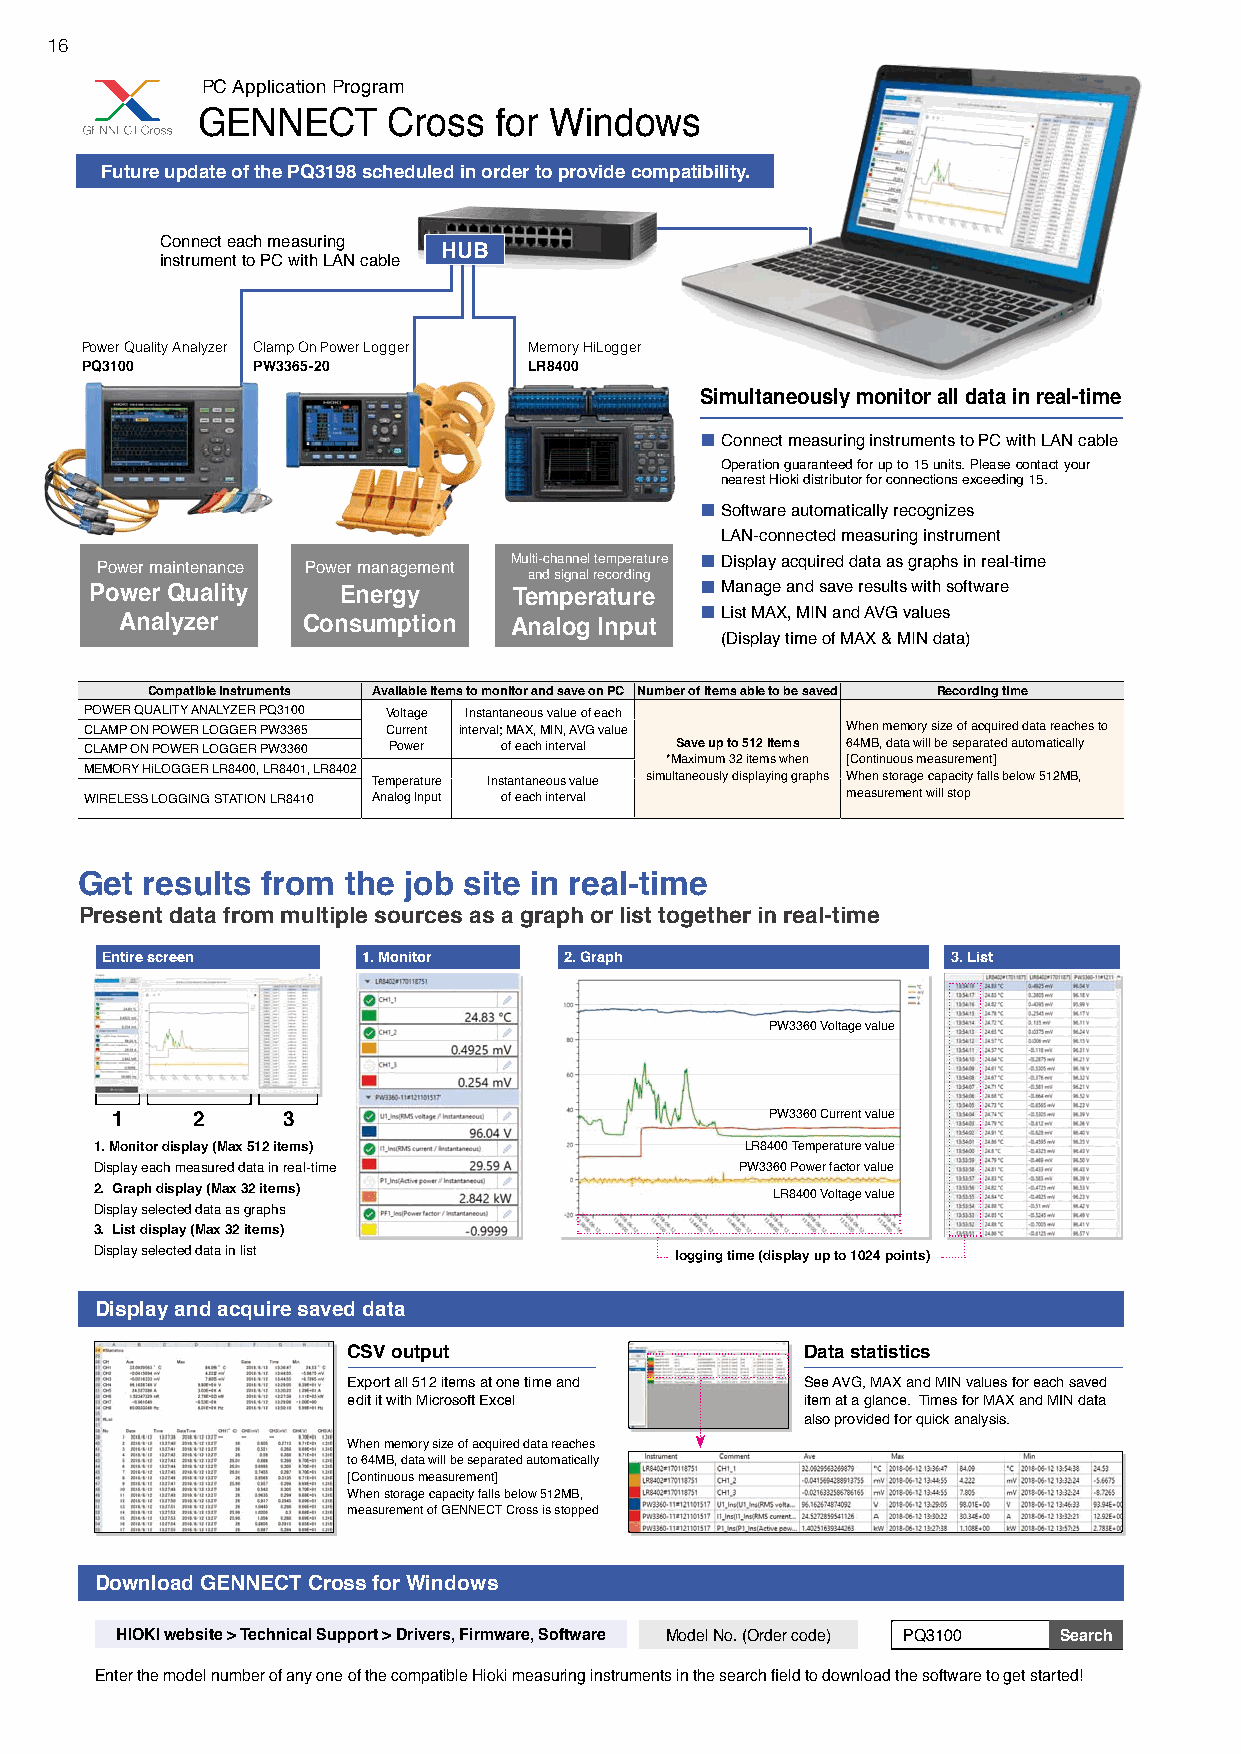
16
 PC Application Program
 GENNECT      Cross  for Windows
 Future update of the PQ3198 scheduled in order to provide compatibility.
 Connect each measuring
 HUB
 instrument to PC with LAN cable
 Power Quality Analyzer Clamp On Power Logger Memory HiLogger
 PQ3100      PW3365-20         LR8400
 Simultaneously monitor all data in real-time
 Connect measuring instruments to PC with LAN cable
 Operation guaranteed for up to 15 units. Please contact your
 nearest Hioki distributor for connections exceeding 15.
 Software automatically recognizes
 LAN-connected measuring instrument
 Power maintenance Power management Multi-channel temperature Display acquired data as graphs in real-time
 and signal recording
 Power Quality   Energy      Temperature   Manage and save results with software
 List MAX, MIN and AVG values
 Analyzer    Consumption   Analog Input
 (Display time of MAX & MIN data)
 Compatible instruments Available items to monitor and save on PC Number of items able to be saved Recording time
 POWER QUALITY ANALYZER PQ3100 Voltage Instantaneous value of each
 CLAMP ON POWER LOGGER PW3365 Current interval; MAX, MIN, AVG value When memory size of acquired data reaches to
 CLAMP ON POWER LOGGER PW3360 Power of each interval Save up to 512 items 64MB, data will be separated automatically
 *Maximum 32 items when [Continuous measurement]
 MEMORY HiLOGGER LR8400, LR8401, LR8402
 Temperature Instantaneous value simultaneously displaying graphs When storage capacity falls below 512MB,
 WIRELESS LOGGING STATION LR8410 Analog Input of each interval measurement will stop
 Get results from  the job site in real-time
 Present data from multiple sources as a graph or list together in real-time
 Entire screen    1. Monitor   2. Graph                  3. List
 PW3360 Voltage value
 1     2     3                               PW3360 Current value
 1. Monitor display (Max 512 items)         LR8400 Temperature value
 Display each measured data in real-time    PW3360 Power factor value
 2. Graph display (Max 32 items)              LR8400 Voltage value
 Display selected data as graphs
 3. List display (Max 32 items)
 Display selected data in list          logging time (display up to 1024 points)
 Display and acquire saved data
 CSV output                    Data statistics
 Export all 512 items at one time and See AVG, MAX and MIN values for each saved
 edit it with Microsoft Excel  item at a glance. Times for MAX and MIN data
 also provided for quick analysis.
 When memory size of acquired data reaches
 to 64MB, data will be separated automatically
 [Continuous measurement]
 When storage capacity falls below 512MB,
 measurement of GENNECT Cross is stopped
 Download GENNECT Cross for Windows
 HIOKI website > Technical Support > Drivers, Firmware, Software Model No. (Order code) PQ3100 Search
 Enter the model number of any one of the compatible Hioki measuring instruments in the search field to download the software to get started!